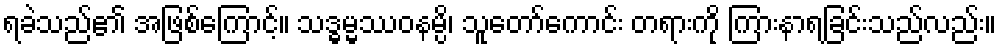
ရခဲသည်၏ အဖြစ်ကြောင့်။ သဒ္ဓမ္မဿဝနမ္ပိ၊ သူတော်ကောင်း တရားကို ကြားနာရခြင်းသည်လည်း။